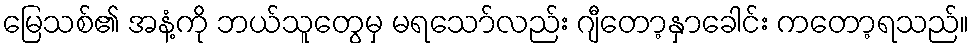
မြေသစ်၏ အနံ့ကို ဘယ်သူတွေမှ မရသော်လည်း ဂျီတော့နှာခေါင်း ကတော့ရသည်။